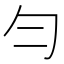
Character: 勻